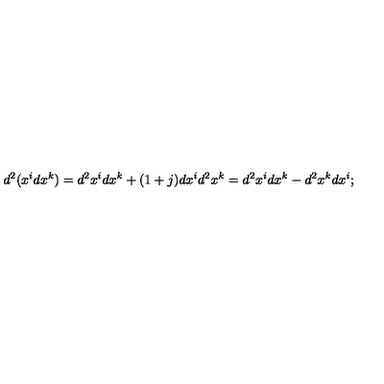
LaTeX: d ^ { 2 } ( x ^ { i } d x ^ { k } ) = d ^ { 2 } x ^ { i } d x ^ { k } + ( 1 + j ) d x ^ { i } d ^ { 2 } x ^ { k } = d ^ { 2 } x ^ { i } d x ^ { k } - d ^ { 2 } x ^ { k } d x ^ { i } ;